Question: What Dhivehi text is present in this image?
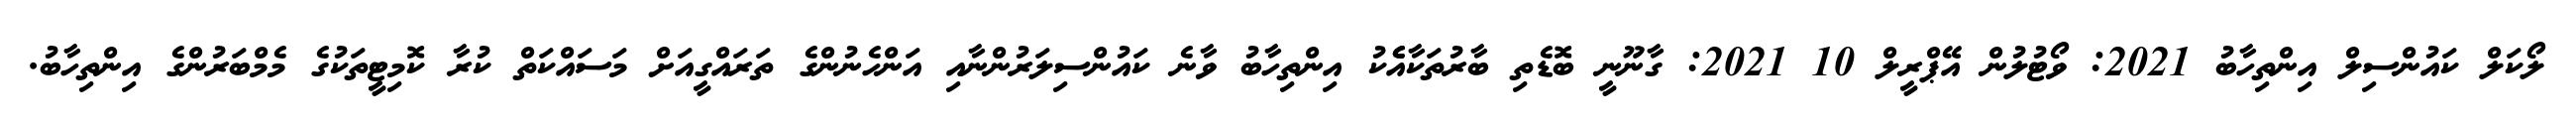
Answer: ލޯކަލް ކައުންސިލް އިންތިހާބު 2021: ވޯޓުލުން އޭޕްރީލް 10 2021: ގާނޫނީ ބޮޑެތި ބާރުތަކާއެެކު އިންތިހާބު ވާނެ ކައުންސިލަރުންނާއި އަންހެނުންގެ ތަރައްގީއަށް މަސައްކަތް ކުރާ ކޮމިޓީތަކުގެ މެމްބަރުންގެ އިންތިހާބު.